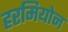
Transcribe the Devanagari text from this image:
हरमियोन